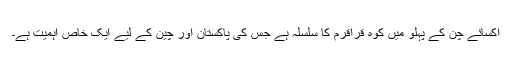
اکسائے چن کے پہلو میں کوہ قراقرم کا سلسلہ ہے جس کی پاکستان اور چین کے لیے ایک خاص اہمیت ہے۔